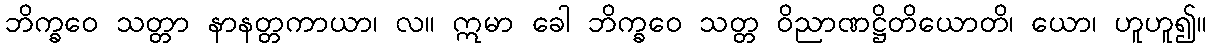
ဘိက္ခဝေ သတ္တာ နာနတ္တကာယာ၊ လ။ ဣမာ ခေါ ဘိက္ခဝေ သတ္တ ဝိညာဏဋ္ဌိတိယောတိ၊ ယော၊ ဟူဟူ၍။